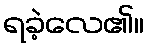
ရခဲ့လေ၏။